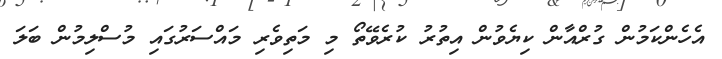
އެހެންކަމުން ގުރްއާން ކިޔެވުން އިތުރު ކުރެވޭތޯ މި މަތިވެރި މައްސަރުގައި މުސްލިމުން ބަލަ